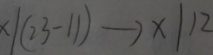
x \vert ( 2 3 - 1 1 ) \rightarrow x \vert 1 2